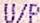
U/P